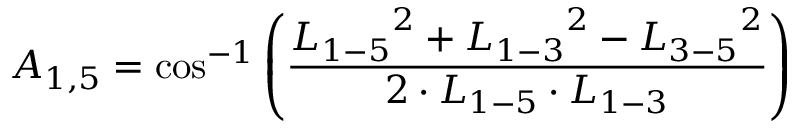
{ A _ { 1 , 5 } } = \cos ^ { - 1 } \left( \frac { { L _ { 1 - 5 } } ^ { 2 } + { L _ { 1 - 3 } } ^ { 2 } - { L _ { 3 - 5 } } ^ { 2 } } { 2 \cdot { L _ { 1 - 5 } } \cdot { L _ { 1 - 3 } } } \right)